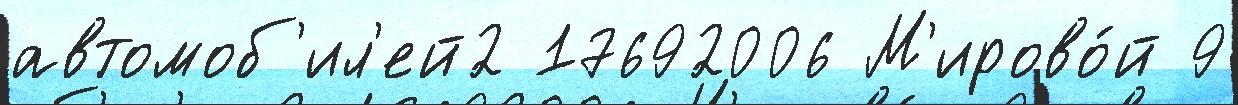
автомоб'ил'ей2 17692006 М'ирово́й 9